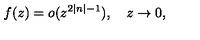
f ( z ) = o ( z ^ { 2 \left| n \right| - 1 } ) , \quad z \rightarrow 0 ,